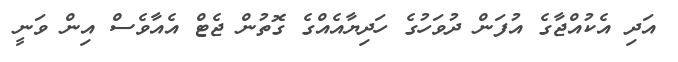
އަދި އެކުއްޖާގެ އުފަން ދުވަހުގެ ހަދިޔާއެއްގެ ގޮތުން ޖެޓް އެއާވެސް އިން ވަނީ